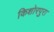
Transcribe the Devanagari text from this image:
किशोरपुरा